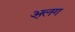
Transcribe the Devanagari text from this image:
अ्लग